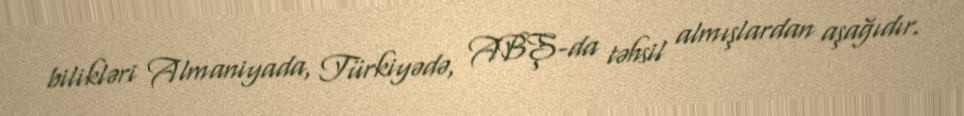
bilikləri Almaniyada, Türkiyədə, ABŞ-da təhsil almışlardan aşağıdır.